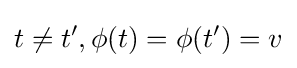
t\neq t',\phi (t)=\phi (t')=v